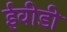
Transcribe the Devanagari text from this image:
ईवीडी